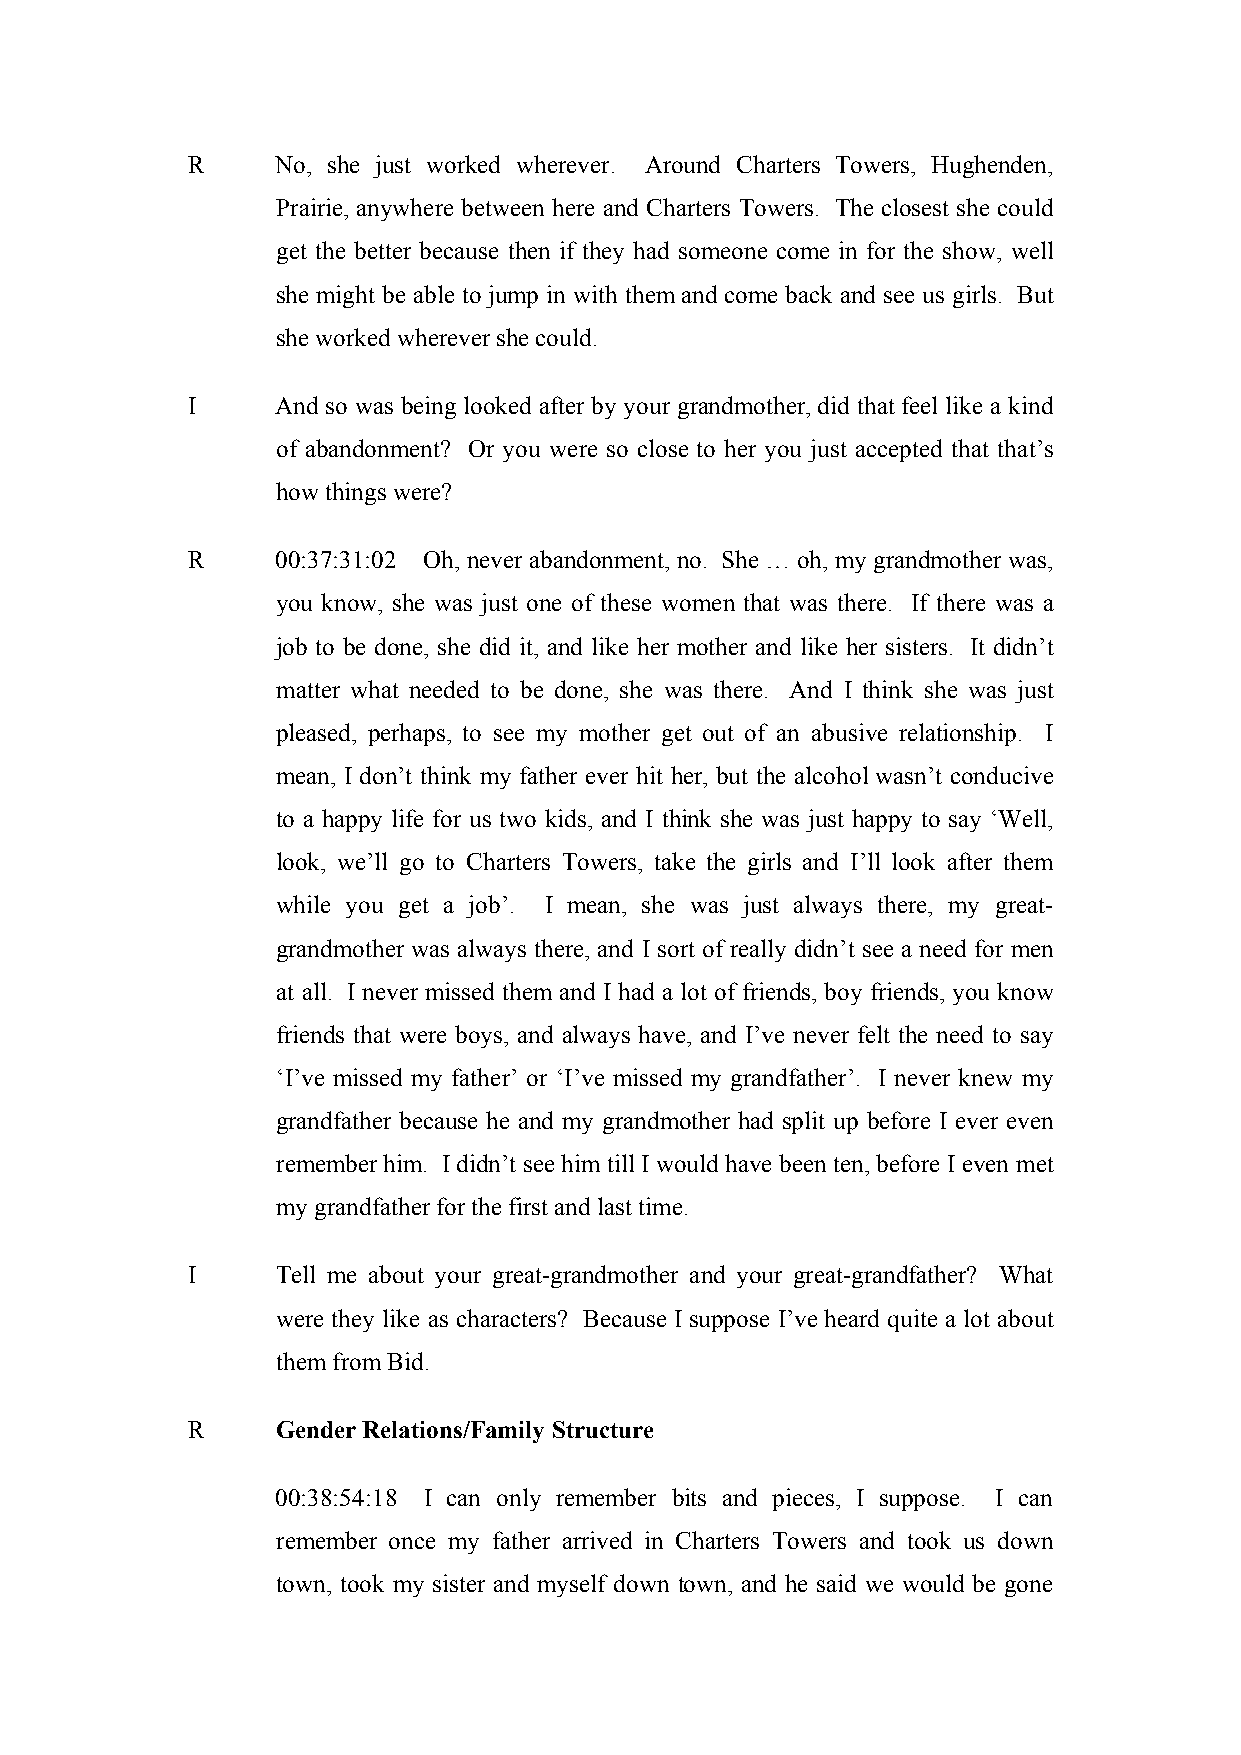
R     No, she just worked wherever. Around Charters Towers, Hughenden,
 Prairie, anywhere between here and Charters Towers. The closest she could
 get the better because then if they had someone come in for the show, well
 she might be able to jump in with them and come back and see us girls. But
 she worked wherever she could.
 I     And so was being looked after by your grandmother, did that feel like a kind
 of abandonment? Or you were so close to her you just accepted that that’s
 how things were?
 R     00:37:31:02 Oh, never abandonment, no. She … oh, my grandmother was,
 you know, she was just one of these women that was there. If there was a
 job to be done, she did it, and like her mother and like her sisters. It didn’t
 matter what needed to be done, she was there. And I think she was just
 pleased, perhaps, to see my mother get out of an abusive relationship. I
 mean, I don’t think my father ever hit her, but the alcohol wasn’t conducive
 to a happy life for us two kids, and I think she was just happy to say ‘Well,
 look, we’ll go to Charters Towers, take the girls and I’ll look after them
 while you get a job’. I mean, she was just always there, my great-
 grandmother was always there, and I sort of really didn’t see a need for men
 at all. I never missed them and I had a lot of friends, boy friends, you know
 friends that were boys, and always have, and I’ve never felt the need to say
 ‘I’ve missed my father’ or ‘I’ve missed my grandfather’. I never knew my
 grandfather because he and my grandmother had split up before I ever even
 remember him. I didn’t see him till I would have been ten, before I even met
 my grandfather for the first and last time.
 I     Tell me about your great-grandmother and your great-grandfather? What
 were they like as characters? Because I suppose I’ve heard quite a lot about
 them from Bid.
 R     Gender Relations/Family Structure
 00:38:54:18 I can only remember bits and pieces, I suppose. I can
 remember once my father arrived in Charters Towers and took us down
 town, took my sister and myself down town, and he said we would be gone